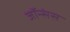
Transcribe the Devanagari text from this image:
जॉन्संस